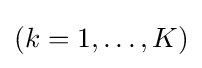
(k=1,\dots ,K)